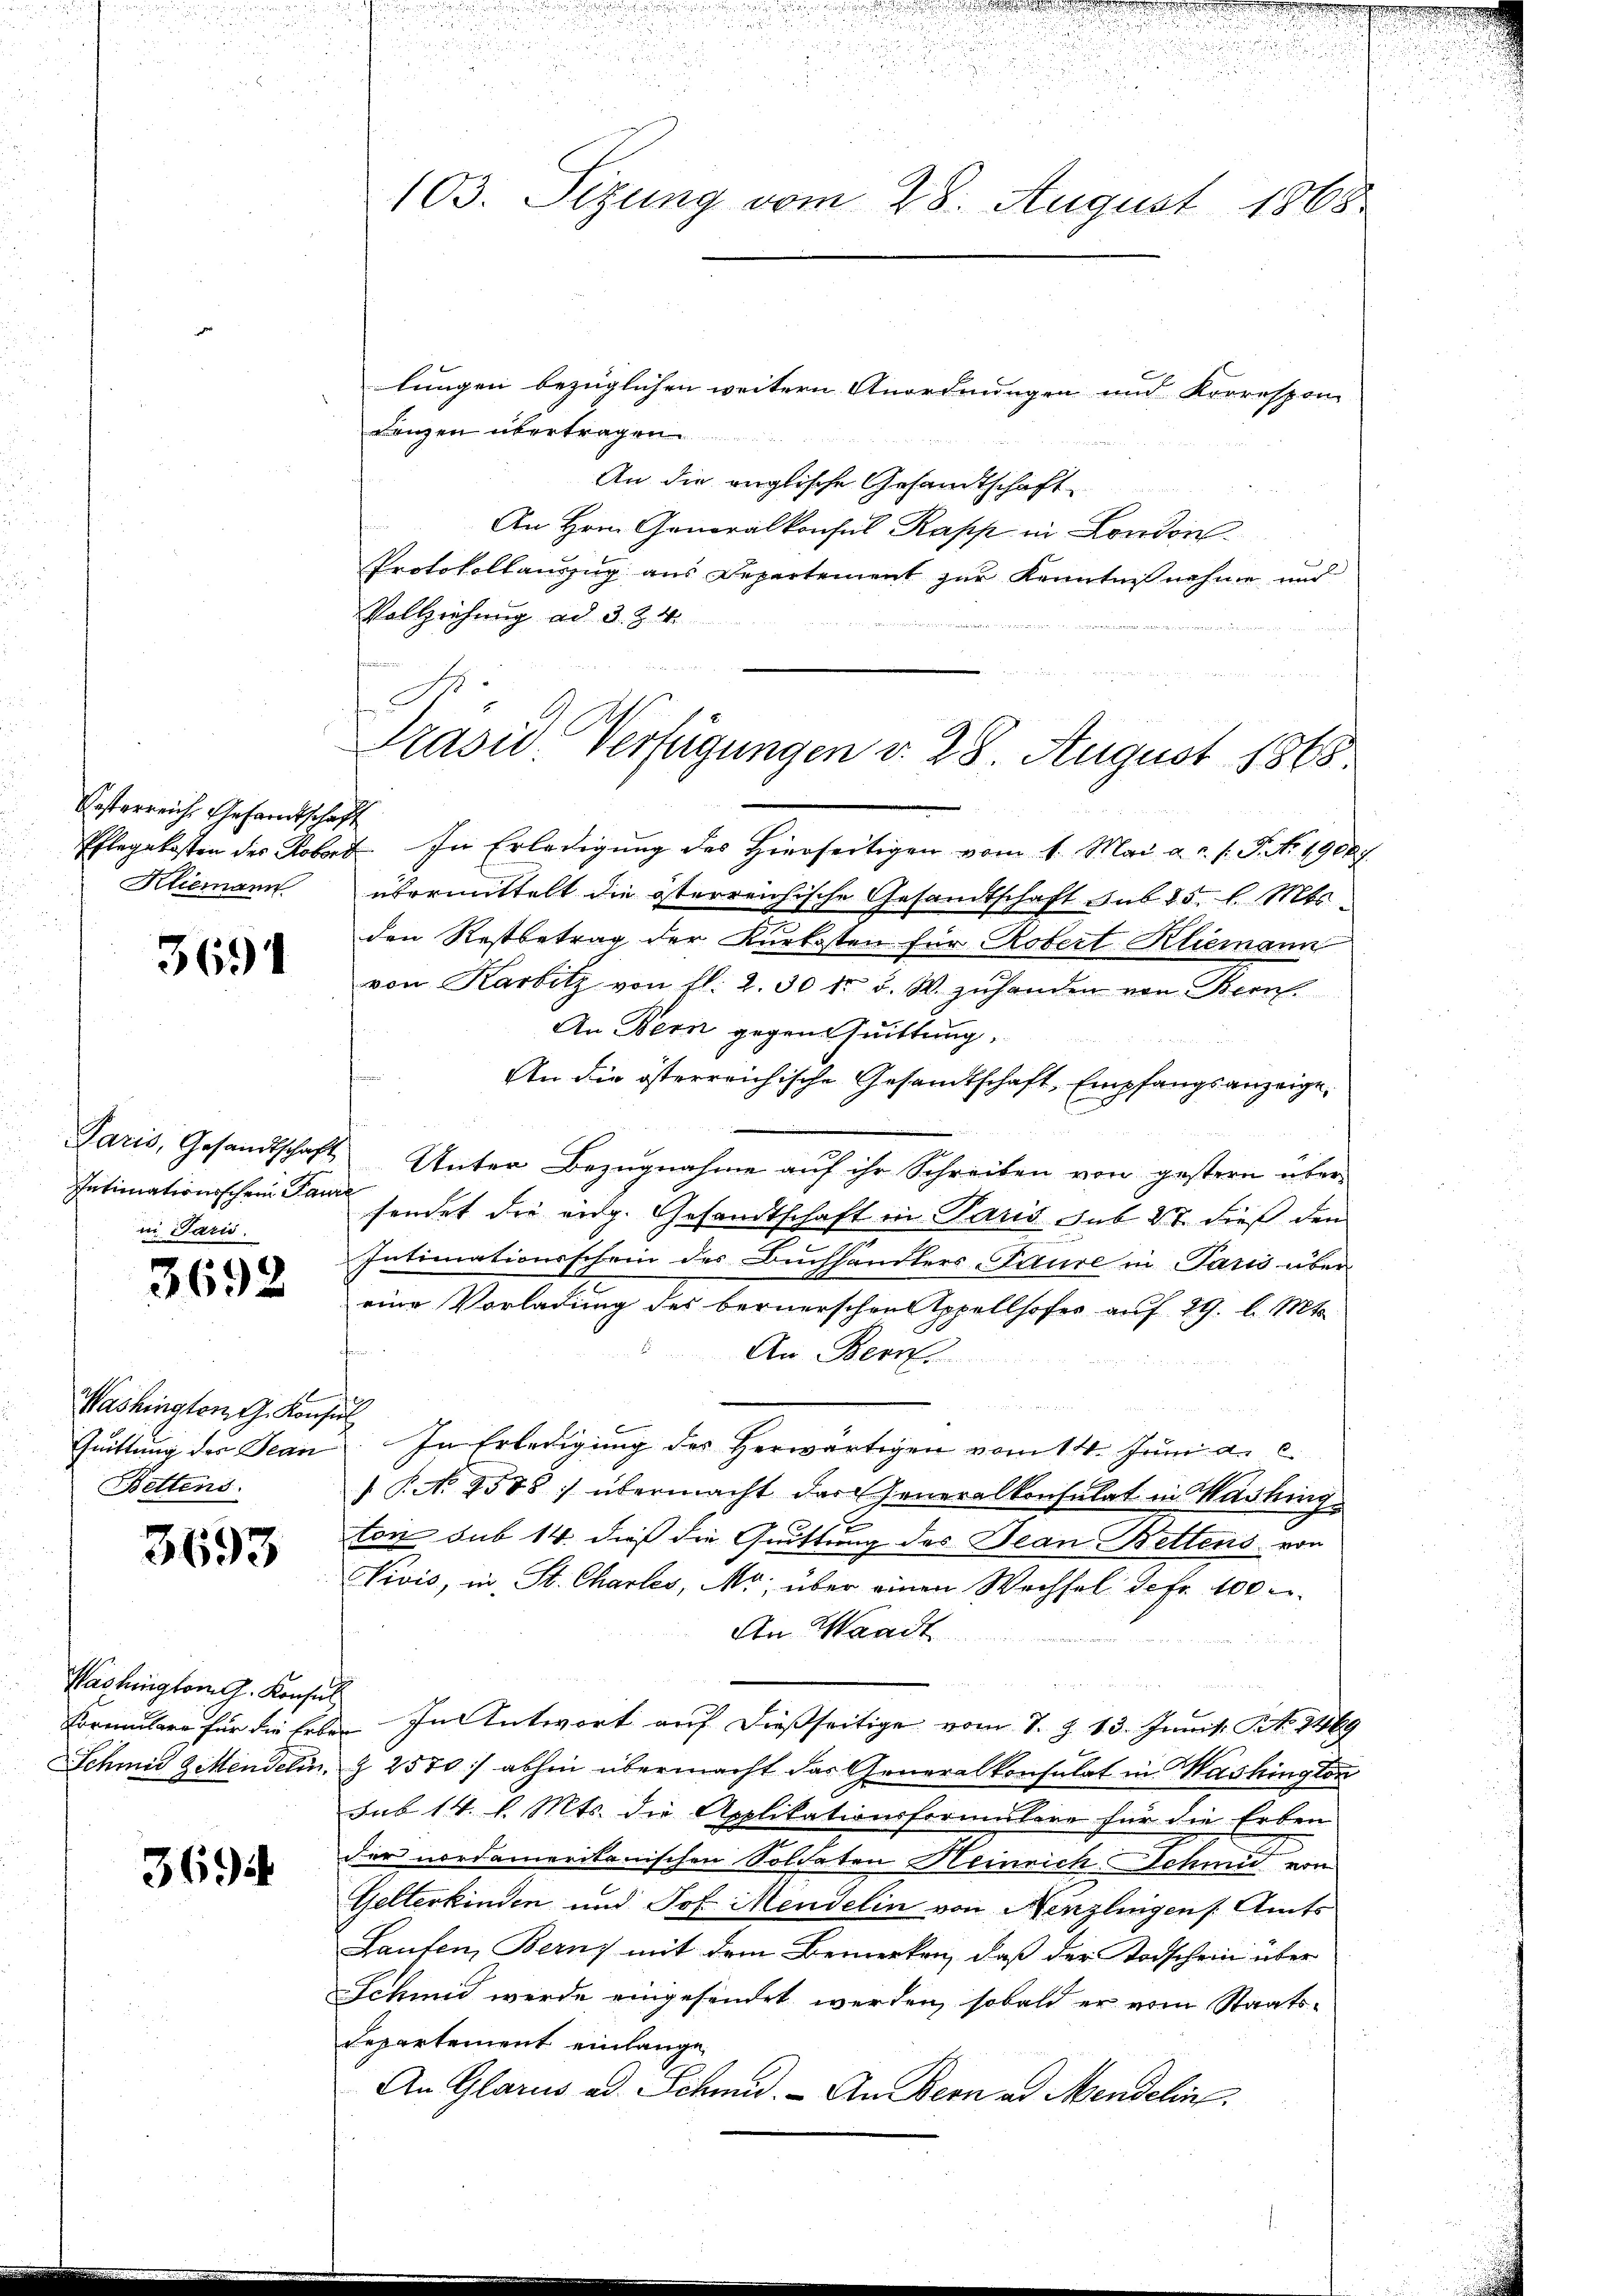
Kosterreiche Gesandtschaft
Klimann

3691

Intimationsschein Paure
in Paris.

3692

Washingten G. Konsul
Bettens.

3693

Washington G. Konsul
Vormulare für die Erb

3694

lungen bezüglichen weitern Anordnungen und Korrespon
Lanzen übertragen
An die englische Gesandtschaft
An Hrn. Generalkonsul Kapp in London
Protokollauszug aus Departement zur Kenntnis nahme und
Vollziehung ad 3. Z. 4.

Pflegekosten der Robert. In Erledigung des Hierfertigen vom 1. Mai a. c. l. J. No 19087.
übermittelt die österreichische Gesandtschaft sub 25 l. Mts.
den Restbetrag der Kurkosten für Robert Kliemann
von Karbitz von fl. 2. 30 t d. W. zŭ handen von Bern.
An Bern gegen huittung.
An die österreichische Gesamtschaft, Empfangsanzeige,
Paris, Gesandtschaft Unter Bezŭgnahme aŭf ihr Schreiben von gestern über
sendet die eidg. Gesandtschaft in Paris sub 28. dieß den
Intimationsschein des Buchhandlers-Trure in Paris übereine Vorladung des bernerschen Appellhofes auf 29 l. Mts.
An Bern
Quittung der Jean. In Erledigung der herwärtigen vom 14. Juni a. c.
) P. No 4588) übermacht das Generalkonsulat in Washinge
G
ton sub 14. dieß die Quittung des Jean Bettens von
Vivis, in St. Chartes, No. über einen Wechsel defr. 100 r
An Waadt
12 x
ben. In Antwort auf dießseitige vom 1. Z. 13. Junit No. 2469
Schmid & Mendelin, § 2570/ abhin übermacht das Generalkonsulat in Washington
sub 14. l. Mts. die Applikationsformulare für die Erben
der nordamerikanischen Soldaten Heinrich Schmid von
Gelterkinden und Joh. Mendelin von Nenzlingen Amts
Laufen, Bern) mit dem Bemerken, daß der Todschein über
Schmid werde eingesendet werden, sobald er vom Staats-
departement einlange
An Glarus ad Schmid. - An Bern ad Mendelin.

103. Sizung vom 28. August 1868

Prasiv. Verfügungen v. 28. August 1868.